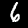
Digit: 6